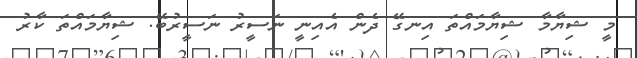
މީ ޝިޔާމާ ޝިޔާމައްތަ އިނގޭ ދެން އެއިނީ ނަސީރު ނަސީރުބޭ. ޝިޔާމައްތަ ކާރު